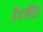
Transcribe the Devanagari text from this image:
डैडमैंस